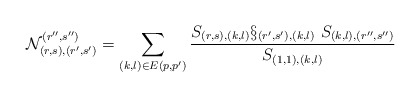
\begin{align*}\mathcal{N}_{(r,s),(r^{\prime },s^{\prime })}^{(r^{\prime \prime },s^{\prime\prime })}\medskip =\sum_{(k,l)\in E(p,p^{\prime })}\frac{S_{(r,s),(k,l)}\S_{(r^{\prime },s^{\prime }),(k,l)}\ S_{(k,l),(r^{\prime \prime },s^{\prime\prime })}}{S_{(1,1),(k,l)}} \end{align*}